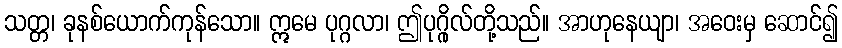
သတ္တ၊ ခုနစ်ယောက်ကုန်သော။ ဣမေ ပုဂ္ဂလာ၊ ဤပုဂ္ဂိုလ်တို့သည်။ အာဟုနေယျာ၊ အဝေးမှ ဆောင်၍